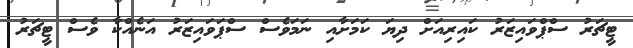
ޓީޗަރު ސްޕްވައިޒަރު ކައިރިއަށް ދިޔަ ކަމަށާއި ނަމަވެސް ސްޕަވައިޒަރު އަނެއްކާ ވެސް ޓީޗަރު